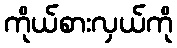
ကိုယ်စားလှယ်ကို